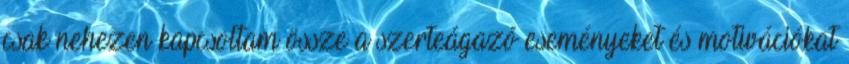
csak nehezen kapcsoltam össze a szerteágazó eseményeket és motivációkat